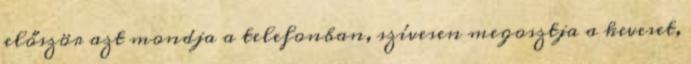
először azt mondja a telefonban, szívesen megosztja a keveset,